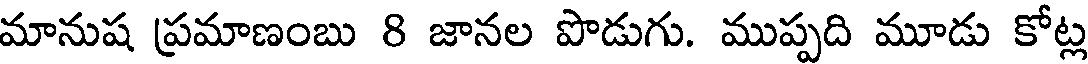
మానుష ప్రమాణంబు 8 జానల పొడుగు. ముప్పది మూడు కోట్ల